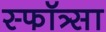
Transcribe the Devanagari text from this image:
स्फॉत्र्सा